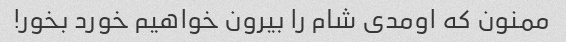
ممنون که اومدی شام را بیرون خواهیم خورد بخور!